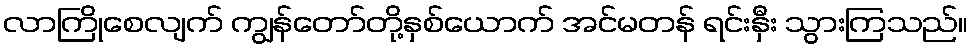
လာကြိုစေလျက် ကျွန်တော်တို့နှစ်ယောက် အင်မတန် ရင်းနှီး သွားကြသည်။